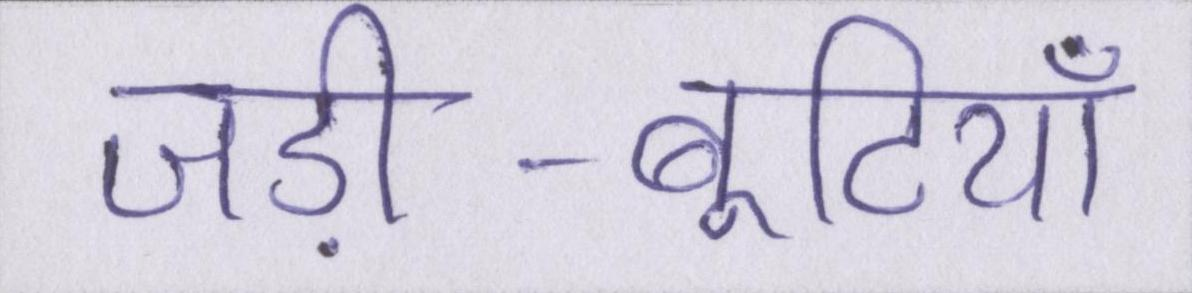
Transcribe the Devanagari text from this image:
जड़ी-बूटियाँ